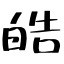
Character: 皓